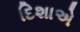
દિશાએ